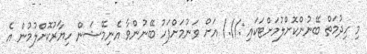
މި ހިދުމަތް ބޭނުންކޮށްލުމަށްޓަކައި ://./ އަށް ވަނުމަށްފަހު ބޭނުންވާ އެނިމޭޝަން ހިޔާރުކޮށްލުމުން އެ